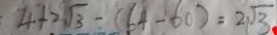
4 + 2 \sqrt { 3 } - ( 6 4 - 6 0 ) = 2 \sqrt { 3 }